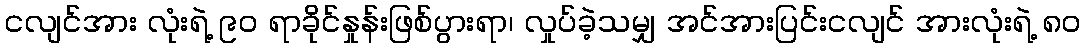
ငလျင်အား လုံးရဲ့ ၉ဝ ရာခိုင်နှုန်းဖြစ်ပွားရာ၊ လှုပ်ခဲ့သမျှ အင်အားပြင်းငလျင် အားလုံးရဲ့ ၈ဝ